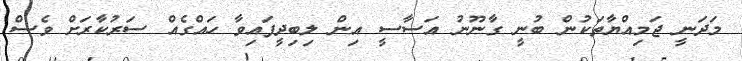
މަދަނީ ޖަމިއްޔާތަކުން ބުނީ ގާނޫނު އަސާސީ އިން ލިބިދީފައިވާ ހައްގެއް ސަރުކާރަށް ވެސް